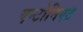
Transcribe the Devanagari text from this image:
एन्टोनिएट